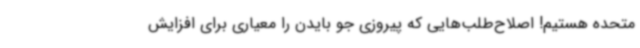
متحده هستیم! اصلاح‌طلب‌هایی که پیروزی جو بایدن را معیاری برای افزایش